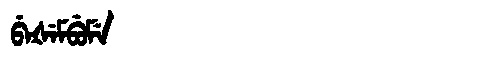
Manchu: ᠪᡝᡧᡝᠮᠪᡠᠮᡝ
Romanization: BEŠEMBUME